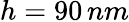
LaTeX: h=90\, nm